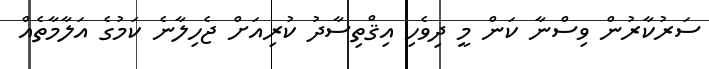
ސަރުކާރުން ވިސްނާ ކަން މީ ދިވެހި އިޤްތިސާދު ކުރިއަށް ޖެހިލާނެ ކަމުގެ އަލާމާތެއް